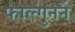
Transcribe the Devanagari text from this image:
फाल्गुनने